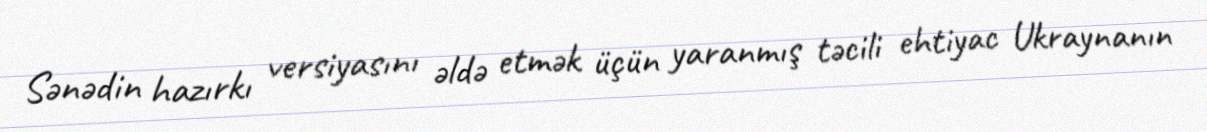
Sənədin hazırkı versiyasını əldə etmək üçün yaranmış təcili ehtiyac Ukraynanın